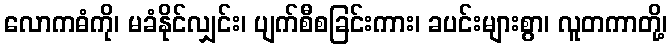
လောကဓံကို၊ မခံနိုင်လျှင်း၊ ပျက်စီစခြင်းကား၊ ခပင်းများစွာ၊ လူတကာတို့၊